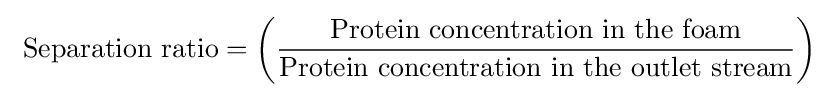
{\text{ Separation ratio}}=\left({\frac {\text{Protein concentration in the foam}}{\text{Protein concentration in the outlet stream}}}\right)